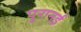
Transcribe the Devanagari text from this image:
पुरानई